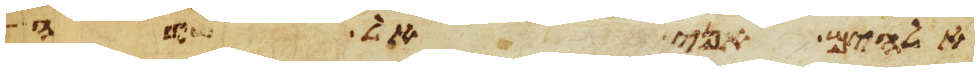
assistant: אלהים אני אל שדי